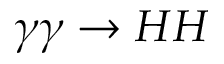
\gamma \gamma \rightarrow H H